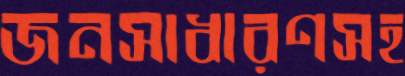
জনসাধারণসহ